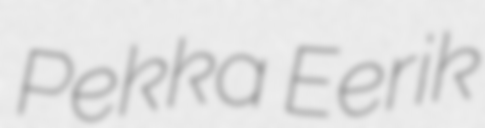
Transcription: Pekka Eerik